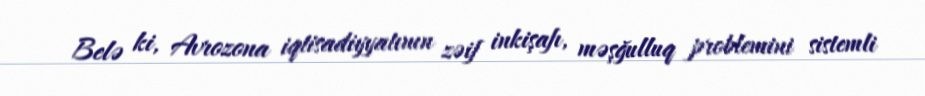
Belə ki, Avrozona iqtisadiyyatının zəif inkişafı, məşğulluq problemini sistemli